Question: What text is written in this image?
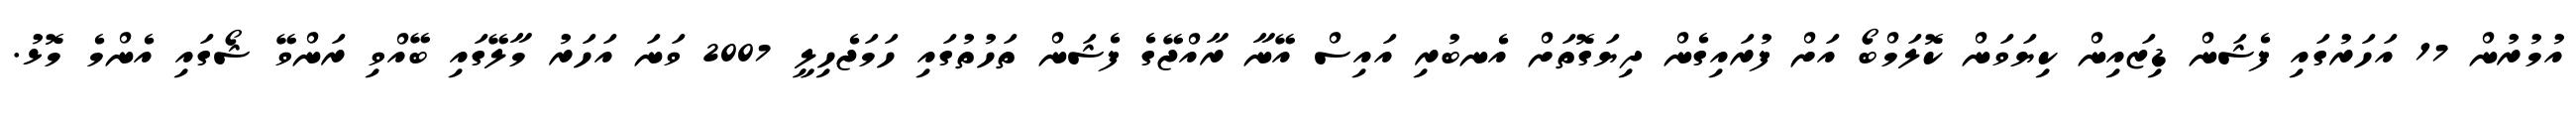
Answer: އުމުރުން 17 އަހަރުގައި ފެޝަން ޑިޒައިން ކިޔަވަން ކޮލަމްބޯ އަށް ފުރައިގެން ދިޔަގޮތަށް އެނބުރި އައިސް އޭނާ ރާއްޖޭގެ ފެޝަން ތަހުތުގައި ހަމަޖެހިލީ 2007 ވަނަ އަހަރު މާލޭގައި ބޭއްވި ރަންވޭ ޝޯގައި އެންމެ މޮޅު.